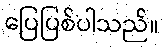
ပြေပြစ်ပါသည်။